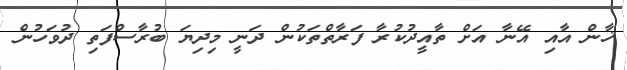
ޚާން އާއި އޭނާ އަށް ތާއީދުކުރާ ފަރާތްތަކުން ދަނީ މިދިޔަ ބުރާސްފަތި ދުވަހުން